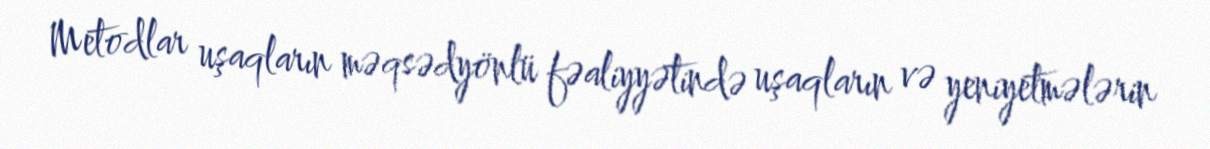
Metodlar uşaqların məqsədyönlü fəaliyyətində uşaqların və yeniyetmələrin